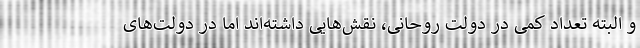
و البته تعداد کمی در دولت روحانی، نقش‌هایی داشته‌اند اما در دولت‌های